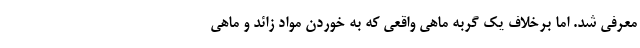
معرفی شد. اما برخلاف یک گربه ماهی واقعی که به خوردن مواد زائد و ماهی